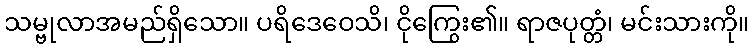
သမ္ဗုလာအမည်ရှိသော။ ပရိဒေဝေသိ၊ ငိုကြွေး၏။ ရာဇပုတ္တံ၊ မင်းသားကို။